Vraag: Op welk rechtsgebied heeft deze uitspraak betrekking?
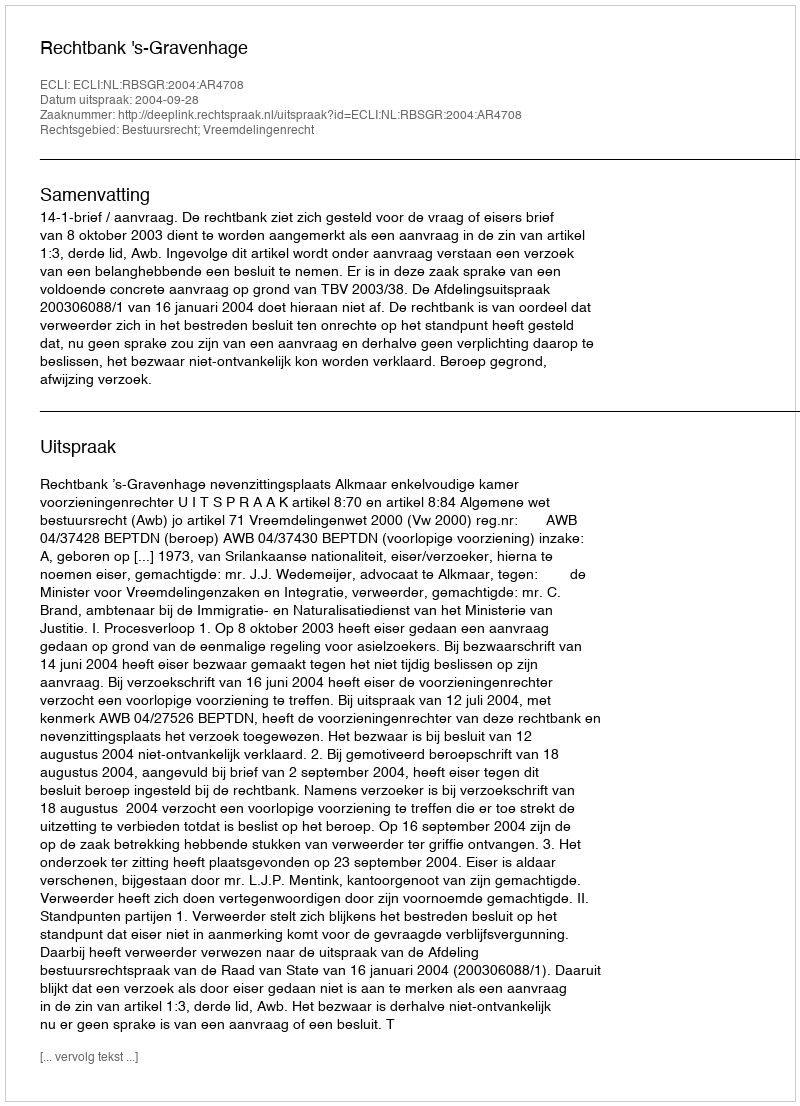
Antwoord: Bestuursrecht; Vreemdelingenrecht